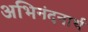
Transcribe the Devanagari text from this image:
अभिनंदनार्थ